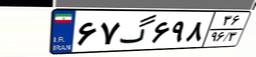
۳۲گ۶۱۴۵۸